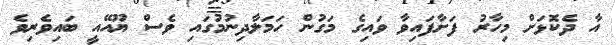
އާ ދެކޮޅަށް މިހާރު ފަށާފައިވާ ވައިގެ މަގުން ހަމަލާދިނުމުގައި ވެސް ޔޫއޭއީ ބައިވެރިވެ